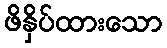
ဖိနှိပ်ထားသော